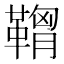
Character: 𩌠